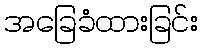
အခြေခံထားခြင်း